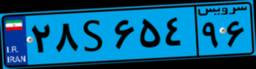
۲۸S۶۵۴۹۶